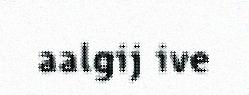
aalgij ive